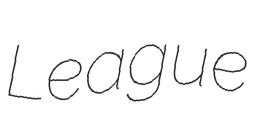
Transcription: League